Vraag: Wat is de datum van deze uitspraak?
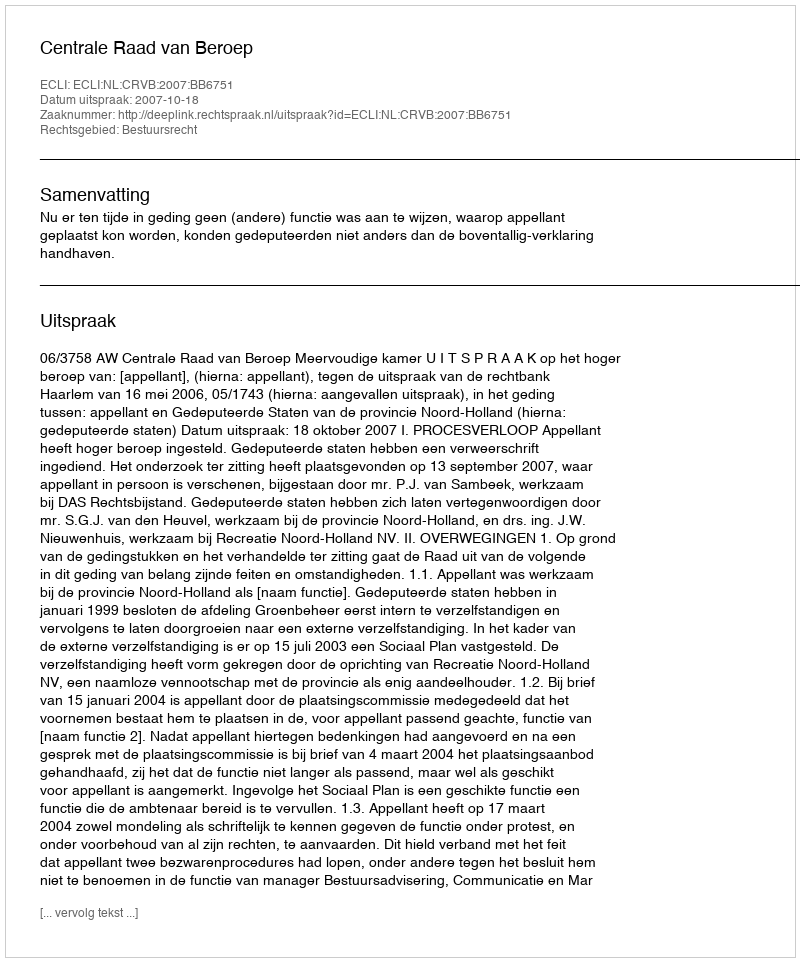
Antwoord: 2007-10-18